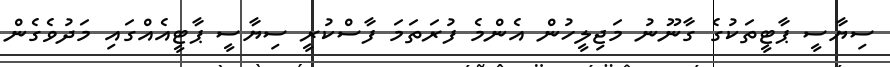
ސިޔާސީ ޕާޓީތަކުގެ ގާނޫނު މަޖިލީހުން އެންމެ ފުރަތަމަ ފާސްކުރީ ސިޔާސީ ޕާޓީއެއްގައި މަދުވެގެން